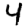
Digit: 4